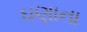
ઘણાના